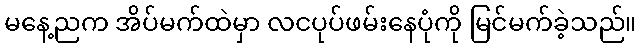
မနေ့ညက အိပ်မက်ထဲမှာ လငပုပ်ဖမ်းနေပုံကို မြင်မက်ခဲ့သည်။